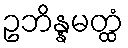
ဥဘိန္နမတ္ထံ